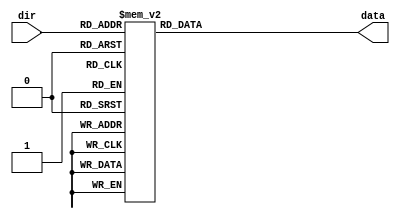
`timescale 1ns / 1ps
//////////////////////////////////////////////////////////////////////////////////
// Company: 
// Engineer: 
// 
// Design Name: 
// Module Name:    ROM1 
// Project Name: 
// Target Devices: 
// Tool versions: 
// Description: 
//
// Dependencies: 
//
// Revision: 
// Revision 0.01 - File Created
// Additional Comments: 
//
//////////////////////////////////////////////////////////////////////////////////
module Char_RAM(
	//input wire clk,
	input wire [7:0] dir,
	output reg [7:0] data
    );

always @*
	case (dir)
	// CERO
		8'h00: data = 8'b00000000;
		8'h01: data = 8'b11111110;
		8'h02: data = 8'b11111110;
		8'h03: data = 8'b11000110;
		8'h04: data = 8'b11000110;
		8'h05: data = 8'b11000110;
		8'h06: data = 8'b11000110;
		8'h07: data = 8'b11000110;
		8'h08: data = 8'b11000110;
		8'h09: data = 8'b11000110;
		8'h0a: data = 8'b11000110;
		8'h0b: data = 8'b11111110;
		8'h0c: data = 8'b11111110;
		8'h0d: data = 8'b00000000;
		8'h0e: data = 8'b00000000;
		8'h0f: data = 8'b00000000;
	// UNO	
		8'h10: data = 8'b00000000;
		8'h11: data = 8'b00000110;
		8'h12: data = 8'b00000110;
		8'h13: data = 8'b00000110;
		8'h14: data = 8'b00000110;
		8'h15: data = 8'b00000110;
		8'h16: data = 8'b00000110;
		8'h17: data = 8'b00000110;
		8'h18: data = 8'b00000110;
		8'h19: data = 8'b00000110;
		8'h1a: data = 8'b00000110;
		8'h1b: data = 8'b00000110;
		8'h1c: data = 8'b00000110;
		8'h1d: data = 8'b00000000;
		8'h1e: data = 8'b00000000;
		8'h1f: data = 8'b00000000;
	// DOS	
		8'h20: data = 8'b00000000;
		8'h21: data = 8'b11111110;
		8'h22: data = 8'b11111110;
		8'h23: data = 8'b00000110;
		8'h24: data = 8'b00000110;
		8'h25: data = 8'b00000110;
		8'h26: data = 8'b11111110;
		8'h27: data = 8'b11111110;
		8'h28: data = 8'b11000000;
		8'h29: data = 8'b11000000;
		8'h2a: data = 8'b11000000;
		8'h2b: data = 8'b11111110;
		8'h2c: data = 8'b11111110;
		8'h2d: data = 8'b00000000;
		8'h2e: data = 8'b00000000;
		8'h2f: data = 8'b00000000;
	// TRES	
		8'h30: data = 8'b00000000;
		8'h31: data = 8'b11111110;
		8'h32: data = 8'b11111110;
		8'h33: data = 8'b00000110;
		8'h34: data = 8'b00000110;
		8'h35: data = 8'b00000110;
		8'h36: data = 8'b11111110;
		8'h37: data = 8'b11111110;
		8'h38: data = 8'b00000110;
		8'h39: data = 8'b00000110;
		8'h3a: data = 8'b00000110;
		8'h3b: data = 8'b11111110;
		8'h3c: data = 8'b11111110;
		8'h3d: data = 8'b00000000;
		8'h3e: data = 8'b00000000;
		8'h3f: data = 8'b00000000;
	// CUATRO	
		8'h40: data = 8'b00000000;
		8'h41: data = 8'b11000110;
		8'h42: data = 8'b11000110;
		8'h43: data = 8'b11000110;
		8'h44: data = 8'b11000110;
		8'h45: data = 8'b11000110;
		8'h46: data = 8'b11111110;
		8'h47: data = 8'b11111110;
		8'h48: data = 8'b00000110;
		8'h49: data = 8'b00000110;
		8'h4a: data = 8'b00000110;
		8'h4b: data = 8'b00000110;
		8'h4c: data = 8'b00000110;
		8'h4d: data = 8'b00000000;
		8'h4e: data = 8'b00000000;
		8'h4f: data = 8'b00000000;
	// CINCO	
		8'h50: data = 8'b00000000;
		8'h51: data = 8'b11111110;
		8'h52: data = 8'b11111110;
		8'h53: data = 8'b11000000;
		8'h54: data = 8'b11000000;
		8'h55: data = 8'b11000000;
		8'h56: data = 8'b11111110;
		8'h57: data = 8'b11111110;
		8'h58: data = 8'b00000110;
		8'h59: data = 8'b00000110;
		8'h5a: data = 8'b00000110;
		8'h5b: data = 8'b11111110;
		8'h5c: data = 8'b11111110;
		8'h5d: data = 8'b00000000;
		8'h5e: data = 8'b00000000;
		8'h5f: data = 8'b00000000;
	//	SEIS
		8'h60: data = 8'b00000000;
		8'h61: data = 8'b11111110;
		8'h62: data = 8'b11111110;
		8'h63: data = 8'b11000000;
		8'h64: data = 8'b11000000;
		8'h65: data = 8'b11000000;
		8'h66: data = 8'b11111110;
		8'h67: data = 8'b11111110;
		8'h68: data = 8'b11000110;
		8'h69: data = 8'b11000110;
		8'h6a: data = 8'b11000110;
		8'h6b: data = 8'b11111110;
		8'h6c: data = 8'b11111110;
		8'h6d: data = 8'b00000000;
		8'h6e: data = 8'b00000000;
		8'h6f: data = 8'b00000000;
	// SIETE	
		8'h70: data = 8'b00000000;
		8'h71: data = 8'b11111110;
		8'h72: data = 8'b11111110;
		8'h73: data = 8'b00000110;
		8'h74: data = 8'b00000110;
		8'h75: data = 8'b00001100;
		8'h76: data = 8'b00001100;
		8'h77: data = 8'b00011000;
		8'h78: data = 8'b00011000;
		8'h79: data = 8'b00110000;
		8'h7a: data = 8'b00110000;
		8'h7b: data = 8'b01100000;
		8'h7c: data = 8'b01100000;
		8'h7d: data = 8'b00000000;
		8'h7e: data = 8'b00000000;
		8'h7f: data = 8'b00000000;
	// OCHO	
		8'h80: data = 8'b00000000;
		8'h81: data = 8'b11111110;
		8'h82: data = 8'b11111110;
		8'h83: data = 8'b11000110;
		8'h84: data = 8'b11000110;
		8'h85: data = 8'b11000110;
		8'h86: data = 8'b11111110;
		8'h87: data = 8'b11111110;
		8'h88: data = 8'b11000110;
		8'h89: data = 8'b11000110;
		8'h8a: data = 8'b11000110;
		8'h8b: data = 8'b11111110;
		8'h8c: data = 8'b11111110;
		8'h8d: data = 8'b00000000;
		8'h8e: data = 8'b00000000;
		8'h8f: data = 8'b00000000;
	// NUEVE	
		8'h90: data = 8'b00000000;
		8'h91: data = 8'b11111110;
		8'h92: data = 8'b11111110;
		8'h93: data = 8'b11000110;
		8'h94: data = 8'b11000110;
		8'h95: data = 8'b11000110;
		8'h96: data = 8'b11111110;
		8'h97: data = 8'b11111110;
		8'h98: data = 8'b00000110;
		8'h99: data = 8'b00000110;
		8'h9a: data = 8'b00000110;
		8'h9b: data = 8'b11111110;
		8'h9c: data = 8'b11111110;
		8'h9d: data = 8'b00000000;
		8'h9e: data = 8'b00000000;
		8'h9f: data = 8'b00000000;
	// VACIO
		8'ha0: data = 8'b00000000;
		8'ha1: data = 8'b00000000;
		8'ha2: data = 8'b00000000;
		8'ha3: data = 8'b00000000;
		8'ha4: data = 8'b00000000;
		8'ha5: data = 8'b00000000;
		8'ha6: data = 8'b00000000;
		8'ha7: data = 8'b00000000;
		8'ha8: data = 8'b00000000;
		8'ha9: data = 8'b00000000;
		8'haa: data = 8'b00000000;
		8'hab: data = 8'b00000000;
		8'hac: data = 8'b00000000;
		8'had: data = 8'b00000000;
		8'hae: data = 8'b00000000;
		8'haf: data = 8'b00000000;
	// : (DOS PUNTOS)
		8'hb0: data = 8'b00000000;
		8'hb1: data = 8'b00000000;
		8'hb2: data = 8'b00000000;
		8'hb3: data = 8'b00111000;
		8'hb4: data = 8'b00111000;
		8'hb5: data = 8'b00111000;
		8'hb6: data = 8'b00000000;
		8'hb7: data = 8'b00000000;
		8'hb8: data = 8'b00111000;
		8'hb9: data = 8'b00111000;
		8'hba: data = 8'b00111000;
		8'hbb: data = 8'b00000000;
		8'hbc: data = 8'b00000000;
		8'hbd: data = 8'b00000000;
		8'hbe: data = 8'b00000000;
		8'hbf: data = 8'b00000000;
		// / (SLASH)
		8'hc0: data = 8'b00000000;
		8'hc1: data = 8'b00000110;
		8'hc2: data = 8'b00000110;
		8'hc3: data = 8'b00001100;
		8'hc4: data = 8'b00001100;
		8'hc5: data = 8'b00011000;
		8'hc6: data = 8'b00011000;
		8'hc7: data = 8'b00011000;
		8'hc8: data = 8'b00110000;
		8'hc9: data = 8'b00110000;
		8'hca: data = 8'b00110000;
		8'hcb: data = 8'b01100000;
		8'hcc: data = 8'b01100000;
		8'hcd: data = 8'b01100000;
		8'hce: data = 8'b11000000;
		8'hcf: data = 8'b11000000;
		
		// CORCHETE
		8'hd0: data = 8'b10000001;
		8'hd1: data = 8'b11111111;
		
		8'hff: data = 8'b10011001;
		
	default: data = 8'b00000000;
	endcase

endmodule